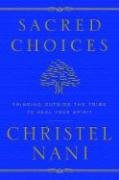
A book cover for Sacred Choices: Thinking Outside the Tribe to Heal Your Spirit; Christel Nani; Self-Help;